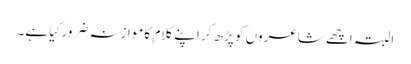
البتہ اچھے شاعروں کو پڑھ کر اپنے کلام کا موازنہ ضرور کِیا ہے۔